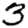
Digit: 3